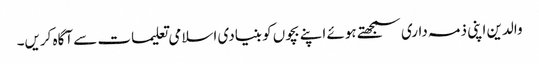
والدین اپنی ذمہ داری سمجھتے ہوئے اپنے بچوں کو بنیادی اسلامی تعلیمات سے آگاہ کریں۔